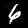
Label: 6